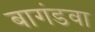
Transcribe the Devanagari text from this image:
बागंडवा